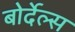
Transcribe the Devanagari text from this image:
बोर्देल्स